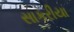
સાકરીયા